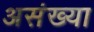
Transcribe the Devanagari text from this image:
असंख्या